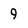
Character: 9